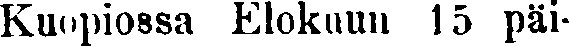
Kuopiossa Elokuun 15 päi-